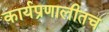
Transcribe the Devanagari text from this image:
कार्यप्रणालीतच